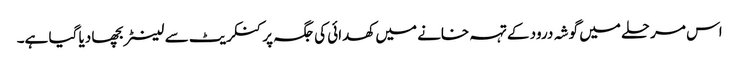
اس مرحلے میں گوشہ درود کے تہہ خانے میں کھدائی کی جگہ پر کنکریٹ سے لینٹر بچھا دیا گیا ہے۔